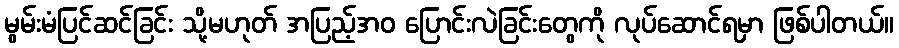
မွမ်းမံပြင်ဆင်ခြင်း သို့မဟုတ် အပြည့်အဝ ပြောင်းလဲခြင်းတွေကို လုပ်ဆောင်ရမှာ ဖြစ်ပါတယ်။